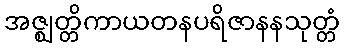
အဇ္ဈတ္တိကာယတနပရိဇာနနသုတ္တံ